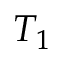
T _ { 1 }